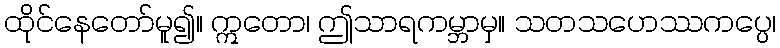
ထိုင်နေတော်မူ၍။ ဣတော၊ ဤသာရကမ္ဘာမှ။ သတသဟေဿကပ္ပေ၊